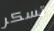
تسكر